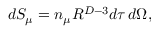
d S _ { \mu } = n _ { \mu } R ^ { D - 3 } d \tau \, d \Omega ,